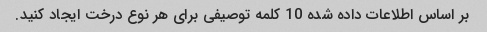
بر اساس اطلاعات داده شده 10 کلمه توصیفی برای هر نوع درخت ایجاد کنید.